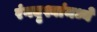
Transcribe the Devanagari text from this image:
रंगदृश्यांमध्ये